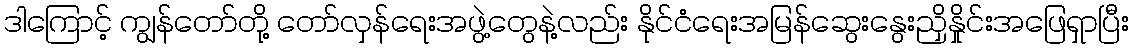
ဒါကြောင့် ကျွန်တော်တို့ တော်လှန်ရေးအဖွဲ့တွေနဲ့လည်း နိုင်ငံရေးအမြန်ဆွေးနွေးညှိနှိုင်းအဖြေရှာပြီး